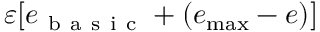
\varepsilon [ e _ { \mathrm { ~ b ~ a ~ s ~ i ~ c ~ } } + ( e _ { \operatorname* { m a x } } - e ) ]